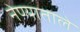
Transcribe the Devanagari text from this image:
नेण्याताले